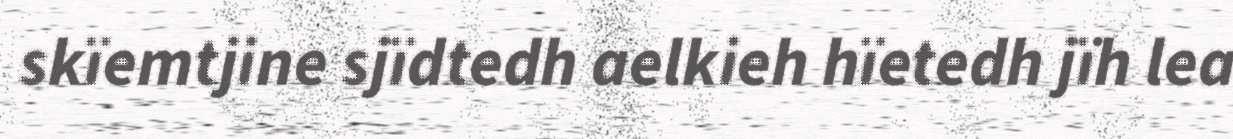
skïemtjine sjïdtedh aelkieh hïetedh jïh lea